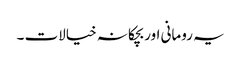
یہ رومانی اور بچکانہ خیالات ۔